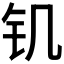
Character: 𰽕